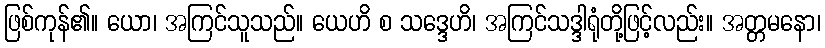
ဖြစ်ကုန်၏။ ယော၊ အကြင်သူသည်။ ယေဟိ စ သဒ္ဒေဟိ၊ အကြင်သဒ္ဒါရုံတို့ဖြင့်လည်း။ အတ္တမနော၊